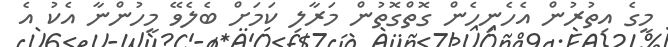
މީގެ އިތުރުން އެހެނިހެން ގޮތްގޮތުން މަރާލި ކަމަށް ބެލެވޭ މީހުންނާ އެކު އެ